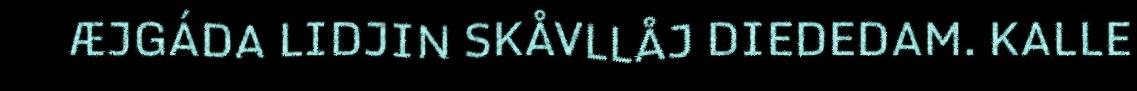
ÆJGÁDA LIDJIN SKÅVLLÅJ DIEDEDAM. KALLE